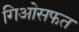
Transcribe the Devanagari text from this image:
गिओसफत